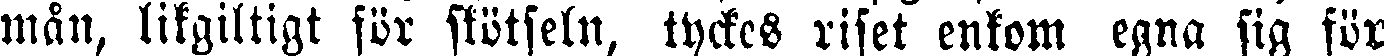
mån, likgiltigt för skötseln, tyckes riset enkom egna sig för